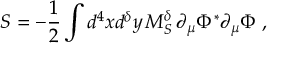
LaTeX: S = - \frac { 1 } { 2 } \int d ^ { 4 } x d ^ { \delta } y \, M _ { S } ^ { \delta } \, \partial _ { \mu } \Phi ^ { \ast } \partial _ { \mu } \Phi \ ,